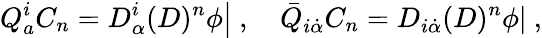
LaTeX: Q_{a}^{i}C_{n}=\left.D_{\alpha}^{i}(D)^{n}{\phi}\right|\ ,\quad{\bar{Q}}_{i{\dot{\alpha}}}C_{n}=\left.D_{i{\dot{\alpha}}}(D)^{n}{\phi}\right|\ ,